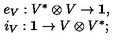
\begin{array} { c } { e _ { V } : V ^ { * } \otimes V \to { \bf 1 } , } \\ { i _ { V } : { \bf 1 } \to V \otimes V ^ { * } ; } \\ \end{array}